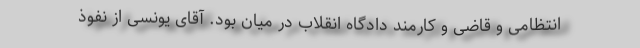
انتظامی و قاضی و کارمند دادگاه انقلاب در میان بود. آقای یونسی از نفوذ